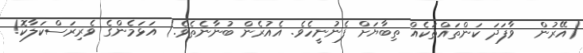
(އޭރުން  ވާފަދަ ކަންތައްތަކެއް ތިބާޔަށް ފެނުނީހެވެ. އެއުރެން ބުނާނެތެވެ.) އަޅަމެންގެ ވެރިރަސްކަލާކޮ!